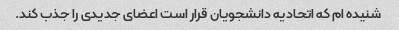
شنیده ام که اتحادیه دانشجویان قرار است اعضای جدیدی را جذب کند.